Vaccination in Bombay 1924-1928 - 1924-1928
Year: 1924
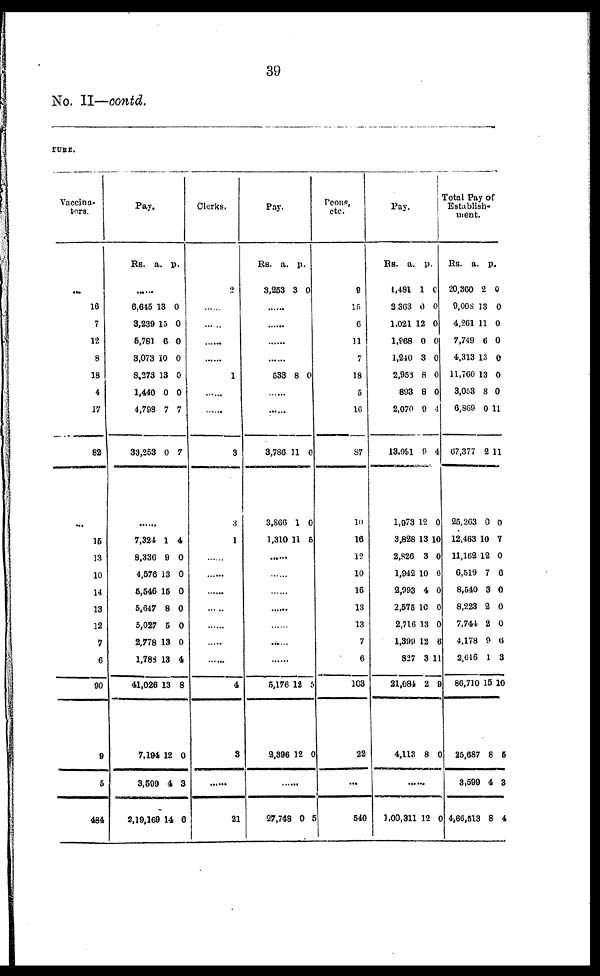
39
No. II—contd.
TURE.
Vaccina¬
tors.
...
16
7
12
8
18
4
17
82
...
15
13
10
14
13
12
7
6
90
9
5
484
Pay.
Rs.
a. p.
......
6,645
3,239
6,781
3,073
8,273
1,440
4,798
33,263
13
15
6
10
13
0
7
0
0
0
0
0
0
0
7
7
......
7,324
8,336
4,576
5,646
5,647
5,027
2,778
1,783
41,026
7,194
3,599
2,19,169
1
9
13
15
8
6
13
13
13
12
4
14
4
0
0
0
0
0
0
4
8
0
3
6
Clerks.
2
......
......
......
......
1
......
......
3
3
1
...
...
...
...
...
...
...
4
3
...
21
Pay.
Rs.
3,263
a.
3
p.
0
......
......
......
......
533 8 0
......
......
3,786
3,866
1,310
11
1
11
0
0
5
......
......
......
......
......
......
......
5,176
2,396
12
12
5
0
......
27,748 0 5
Peons,
etc.
9
15
6
11
7
18
5
10
87
10
16
12
10
16
13
13
7
6
103
22
...
540
Pay.
RS.
1,481
2,363
1,021
1,968
1,240
2,953
893
2,070
13,991
1,973
3,828
2,826
1,942
2,993
2,575
2,716
1,399
827
21,081
4,113
a.
1
0
12
0
3
8
8
9
9
12
13
3
10
4
10
13
12
3
2
8
p.
0
0
0
0
0
0
0
4
4
0
10
0
6
0
0
0
6
11
9
0
......
1,00,311 12 0
Total Pay of
Establish-
ment.
Rs.
20,360
9,008
4,261
7,749
4,313
11,760
3,053
6,869
67,377
25,263
12,463
11,162
6,519
8,540
8,223
7,744
4,178
2,616
86,710
25,687
3,599
4,66,513
a.
2
13
11
6
13
13
8
0
2
0
10
12
7
3
2
2
9
1
15
8
4
8
p.
0
0
0
0
0
0
0
11
11
0
7
0
6
0
0
0
6
3
10
5
3
4